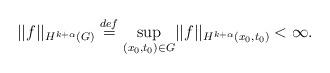
LaTeX: \begin{align*}||f||_{H^{k+\alpha}(G)}\overset{def}{=} \underset{(x_0,t_0)\in G}{\sup} ||f||_{H^{k+\alpha}(x_0,t_0)} <\infty.\end{align*}